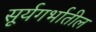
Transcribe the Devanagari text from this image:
सूर्यगर्भातील